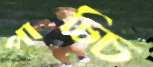
পাচ্চি